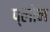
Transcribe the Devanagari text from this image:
प्लोन